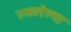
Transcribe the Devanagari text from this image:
रुळलेल्या